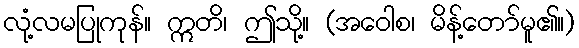
လုံ့လမပြုကုန်။ ဣတိ၊ ဤသို့။ (အဝေါစ၊ မိန့်တော်မူ၏။)